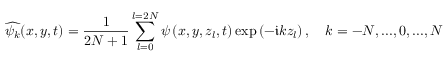
\widehat { \psi _ { k } } ( x , y , t ) = \frac { 1 } { 2 N + 1 } \sum _ { l = 0 } ^ { l = 2 N } \psi \left( x , y , z _ { l } , t \right) \exp \left( - \mathfrak { i } k z _ { l } \right) , \quad k = - N , . . . , 0 , . . . , N